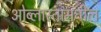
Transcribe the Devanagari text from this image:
ओब्लास्तामधील